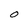
Character: O